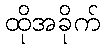
ထိုအခိုက်